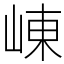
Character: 崠